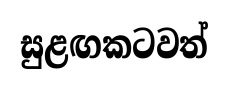
සුළඟකටවත්